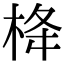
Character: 栙